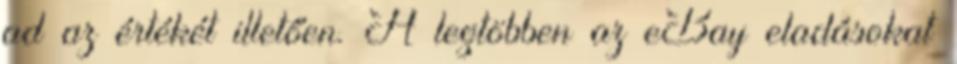
ad az értékét illetően. A legtöbben az eBay eladásokat